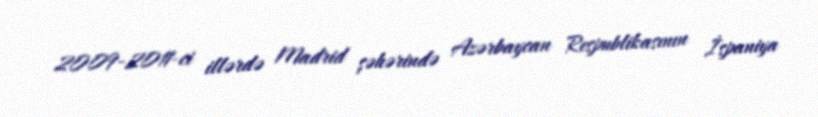
2009-2011-ci illərdə Madrid şəhərində Azərbaycan Respublikasının İspaniya